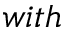
w i t h